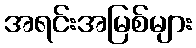
အရင်းအမြစ်များ